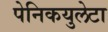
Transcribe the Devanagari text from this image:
पेनिकयुलेटा